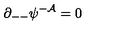
\partial _ { -- } \psi ^ { - { \cal A } } = 0